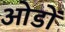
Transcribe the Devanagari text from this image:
ओडों